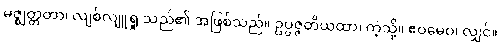
မဇ္ဈတ္တတာ၊ လျစ်လျူရှု သည်၏ အဖြစ်သည်။ ဥပ္ပဇ္ဇတိယထာ၊ ကဲ့သို့။ ဧဝမေဝ၊ လျှင်။